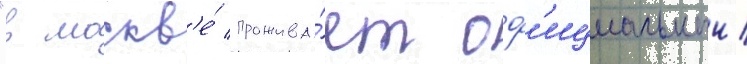
"в москв'е́ прожива́ет оф'ициальныи